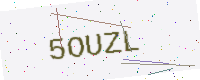
Text: 5OUZL